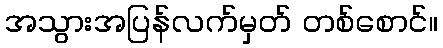
အသွားအပြန်လက်မှတ် တစ်စောင်။